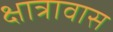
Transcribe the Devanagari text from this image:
क्षात्रावास